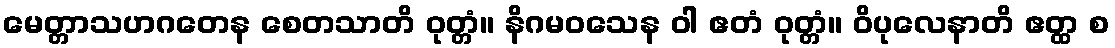
မေတ္တာသဟဂတေန စေတသာတိ ဝုတ္တံ။ နိဂမဝသေန ဝါ ဧတံ ဝုတ္တံ။ ဝိပုလေနာတိ ဧတ္ထ စ